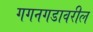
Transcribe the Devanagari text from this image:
गगनगडावरील